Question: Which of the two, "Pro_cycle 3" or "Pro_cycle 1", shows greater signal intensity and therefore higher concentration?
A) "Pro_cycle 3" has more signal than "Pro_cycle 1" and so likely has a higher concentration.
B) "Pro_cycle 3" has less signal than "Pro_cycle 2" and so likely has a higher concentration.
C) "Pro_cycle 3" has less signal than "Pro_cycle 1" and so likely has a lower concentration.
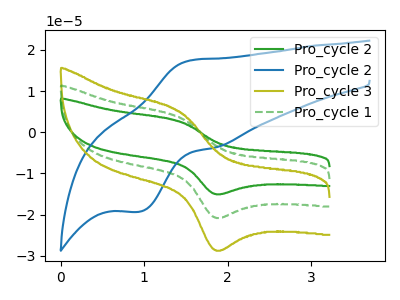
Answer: <think>The green curve "Pro_cycle 2" has an anodic peak at (1.40V, 7.40uA) and a cathodic peak at (1.85V, -41.45uA). The blue curve "Pro_cycle 2" has an anodic peak at (1.55V, 17.50uA) and a cathodic peak at (0.95V, -19.35uA). The olive curve "Pro_cycle 3" has an anodic peak at (1.40V, 5.15uA) and a cathodic peak at (1.85V, -28.65uA). The green dashed curve "Pro_cycle 1" has an anodic peak at (1.40V, 3.70uA) and a cathodic peak at (1.85V, -20.75uA).
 All the peaks in "Pro_cycle 3" have a peak in "Pro_cycle 1" at the same potential. Every peak in "Pro_cycle 3" is higher than every peak in "Pro_cycle 1".</think>
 <answer>A) "Pro_cycle 3" has more signal than "Pro_cycle 1" and so likely has a higher concentration.</answer>
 <eval>A</eval>